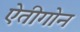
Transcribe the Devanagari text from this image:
ऐतीगोन